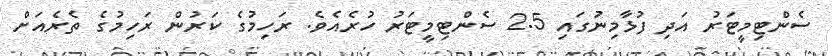
ސެންޓިމީޓަރު އަދި ފުޅާމިނުގައި 2.5 ސެންޓިމީޓަރު ހުރެއެވެ. ރަހިމުގެ ކަރުން ރަހިމުގެ ތެރެއަށް